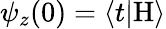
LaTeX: \psi_{z}(0)=\langle t|\mathrm{H}\rangle